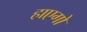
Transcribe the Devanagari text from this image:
हाएगो